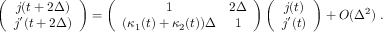
\left( \begin{array} { c } { j ( t + 2 \Delta ) } \\ { j ^ { \prime } ( t + 2 \Delta ) } \end{array} \right) = \left( \begin{array} { c c } { 1 } & { 2 \Delta } \\ { ( \kappa _ { 1 } ( t ) + \kappa _ { 2 } ( t ) ) \Delta } & { 1 } \end{array} \right) \left( \begin{array} { c } { j ( t ) } \\ { j ^ { \prime } ( t ) } \end{array} \right) + O ( \Delta ^ { 2 } ) \ .